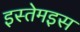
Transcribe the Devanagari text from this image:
इस्तेमइस